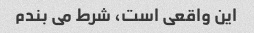
این واقعی است، شرط می بندم